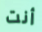
أنت